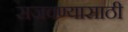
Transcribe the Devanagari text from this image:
सजवण्यासाठी